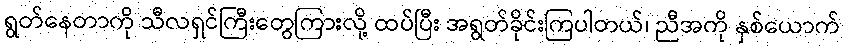
ရွတ်နေတာကို သီလရှင်ကြီးတွေကြားလို့ ထပ်ပြီး အရွတ်ခိုင်းကြပါတယ်၊ ညီအကို နှစ်ယောက်